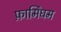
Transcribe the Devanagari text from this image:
फ़ार्मिंघम